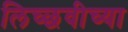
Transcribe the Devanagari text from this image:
लिच्छवीच्या